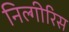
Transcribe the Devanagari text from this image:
निल्गीरिस